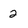
Character: 2